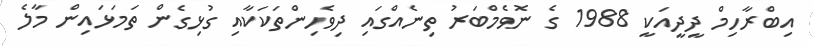
އިބްރާހިމް ދީދީއަކީ 1988 ގެ ނޮވެމްބަރު ތިނެއްގައި ދިވެހިންތަކަކާއި ގުޅިގެން ތަމަޅައިން މާލެ